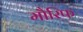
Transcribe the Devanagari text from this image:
मौरिफ